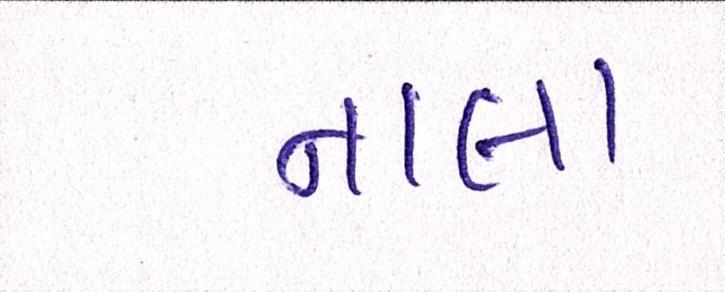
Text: નાલા